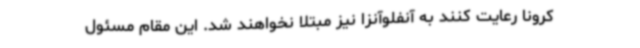
کرونا رعایت کنند به آنفلوآنزا نیز مبتلا نخواهند شد. این مقام مسئول